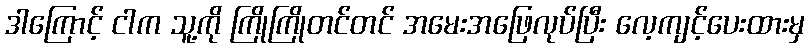
ဒါကြောင့် ငါက သူ့ကို ကြိုကြိုတင်တင် အမေးအဖြေလုပ်ပြီး လေ့ကျင့်ပေးထားမှ